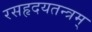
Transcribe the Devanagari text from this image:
रसहृदयतन्त्रम्